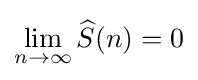
\lim _{n\to \infty }{\widehat {S}}(n)=0